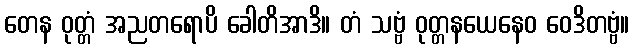
တေန ဝုတ္တံ အညတရောပိ ခေါတိအာဒိ။ တံ သဗ္ဗံ ဝုတ္တနယေနေဝ ဝေဒိတဗ္ဗံ။